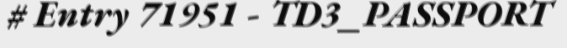
# Entry 71951 - TD3_PASSPORT